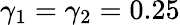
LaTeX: \gamma_{1}=\gamma_{2}=0.25